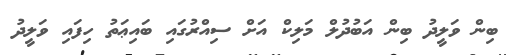
ބިން ވަލީދު ބިން އަބުދުލް މަލިކް އަށް ސިއްރުގައި ބައިޢަތު ހިފައި ވަލީދު